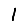
Digit: 1